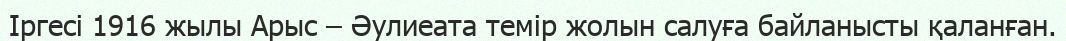
Іргесі 1916 жылы Арыс – Әулиеата темір жолын салуға байланысты қаланған.